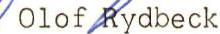
Olof/Kydbeck